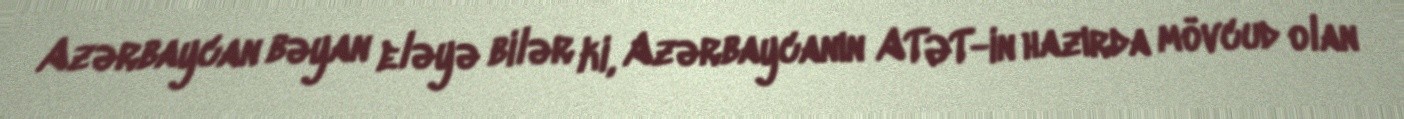
Azərbaycan bəyan eləyə bilər ki, Azərbaycanın ATƏT-in hazırda mövcud olan